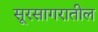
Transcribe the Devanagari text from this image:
सूरसागरातील